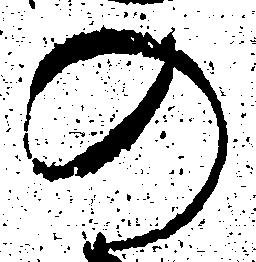
の